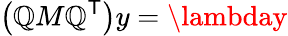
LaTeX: \left(\mathbb{Q}M\mathbb{Q}^{\textsf{{T}}}\right)y=\lambday